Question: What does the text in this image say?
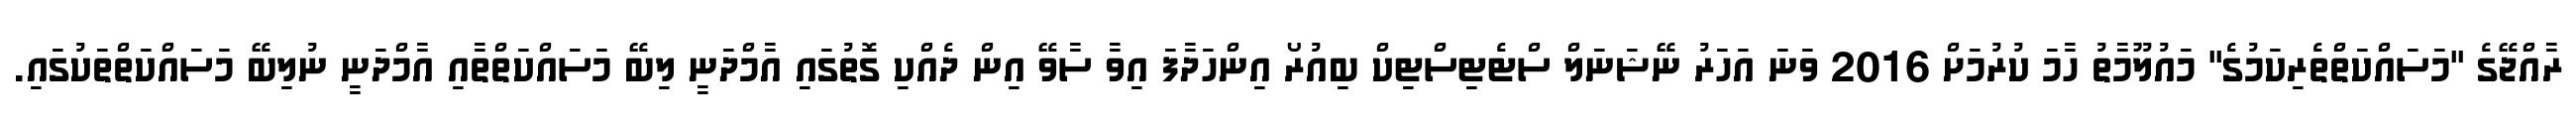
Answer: ރާއްޖޭގެ "މަސައްކަތްތެރިކަމުގެ" މައުލޫމާތު ހާމަ ކުރުމަށް 2016 ވަނަ އަހަރު ނޭޝަނަލް ސްޓެޓިސްޓިކް ބިއުރޯ އިންހަދާފަ އިވާ ސާވޭ އިން ދެއްކި ގޮތުގައި އާމްދަނީ ލިބޭ މަސައްކަތްތާއި އާމްދަނީ ނުލިބޭ މަސައްކަތްތަކުގައި.